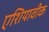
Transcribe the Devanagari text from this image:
एशियावीक